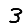
Digit: 3